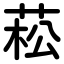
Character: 菘